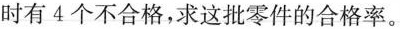
时有4个不合格，求这批零件的合格率。